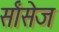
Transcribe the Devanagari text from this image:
र्सांसेज